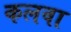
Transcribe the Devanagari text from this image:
कलवा